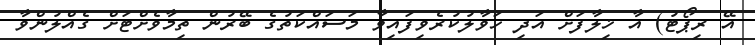
އޭ ރިޕޯޓު) އާ ޚިލާފަށް އަދި ހަވާލުކުރެވިފައިވާ މަސައްކަތުގެ ބޭރުން ތިމާވެށްޓަށް ގެއްލުންވާ